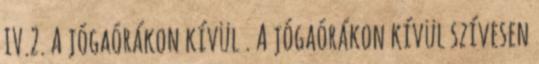
IV.2. A jógaórákon kívül . A jógaórákon kívül szívesen